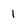
Character: 1